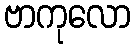
ဗာကုလော